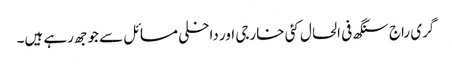
گری راج سنگھ فی الحال کئی خارجی اور داخلی مسائل سے جوجھ رہے ہیں۔